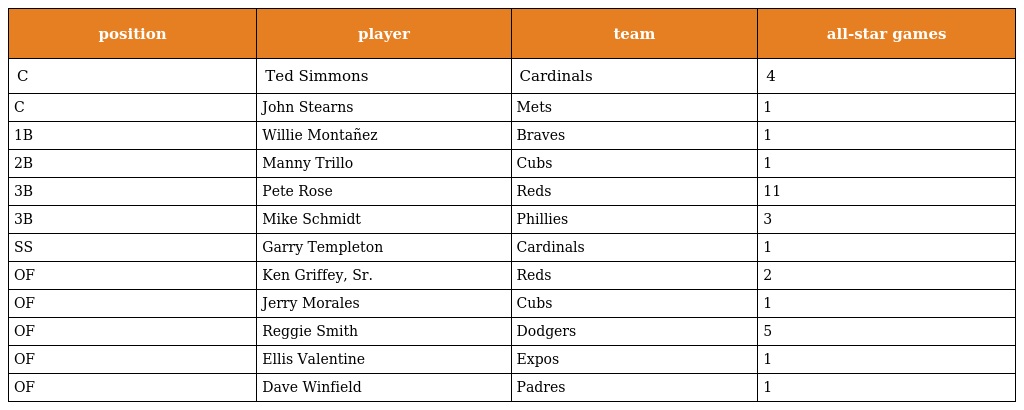
| position | player | team | all-star games |
 | --- | --- | --- | --- |
 | C | Ted Simmons | Cardinals | 4 |
 | C | John Stearns | Mets | 1 |
 | 1B | Willie Montañez | Braves | 1 |
 | 2B | Manny Trillo | Cubs | 1 |
 | 3B | Pete Rose | Reds | 11 |
 | 3B | Mike Schmidt | Phillies | 3 |
 | SS | Garry Templeton | Cardinals | 1 |
 | OF | Ken Griffey, Sr. | Reds | 2 |
 | OF | Jerry Morales | Cubs | 1 |
 | OF | Reggie Smith | Dodgers | 5 |
 | OF | Ellis Valentine | Expos | 1 |
 | OF | Dave Winfield | Padres | 1 |